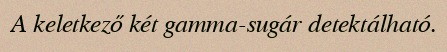
A keletkező két gamma-sugár detektálható.